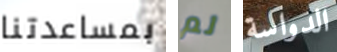
بمساعدتنا لم الدواسة